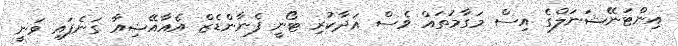
އިންޓަނޭޝަނަލްގެ އިސް މަގާމުތައް ވެސް އަދާކުރި ޓޯނީ ފެނާންޑެޒް އެއާއޭޝިއާ ގަނެފައި ވަނީ